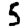
Digit: 5